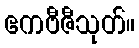
ဧကဗီဇီသုတ်။